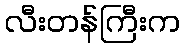
လီးတန်ကြီးက